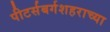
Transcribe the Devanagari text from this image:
पीटर्सबर्गशहराच्या